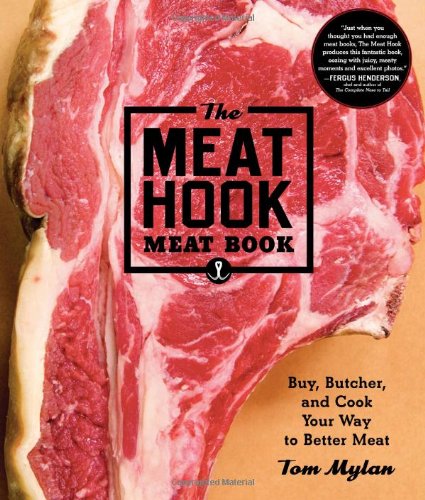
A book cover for The Meat Hook Meat Book: Buy, Butcher, and Cook Your Way to Better Meat; Tom Mylan; Cookbooks, Food & Wine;